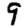
Digit: 9